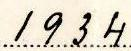
1934